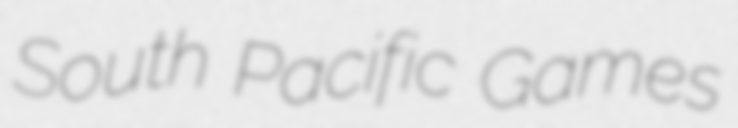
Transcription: South Pacific Games